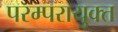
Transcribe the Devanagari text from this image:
परम्परायुक्त